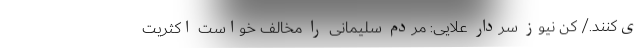
ی‌کنند./ کن نیوز سردار علایی: مردم سلیمانی را مخالف خواست اکثریت